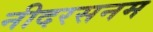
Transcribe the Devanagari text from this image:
नीदरसनम